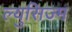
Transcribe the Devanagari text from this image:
ल्युसिज्म